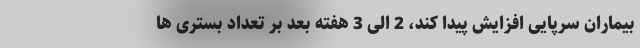
بیماران سرپایی افزایش پیدا کند، 2 الی 3 هفته بعد بر تعداد بستری ها